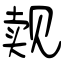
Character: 觌